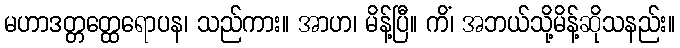
မဟာဒတ္တတ္ထေရောပန၊ သည်ကား။ အာဟ၊ မိန့်ပြီ။ ကိံ၊ အဘယ်သို့မိန့်ဆိုသနည်း။